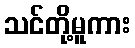
သင်တို့မူကား